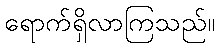
ရောက်ရှိလာကြသည်။